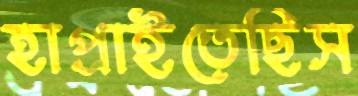
হাপ্‌রাইতেছিস